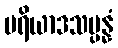
မရိယာဒသမ္ပန္နံ